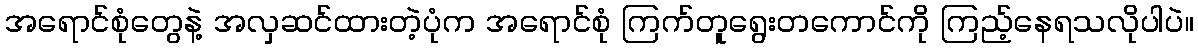
အရောင်စုံတွေနဲ့ အလှဆင်ထားတဲ့ပုံက အရောင်စုံ ကြက်တူရွေးတကောင်ကို ကြည့်နေရသလိုပါပဲ။